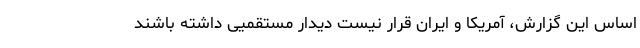
اساس این گزارش، آمریکا و ایران قرار نیست دیدار مستقمیی داشته باشند